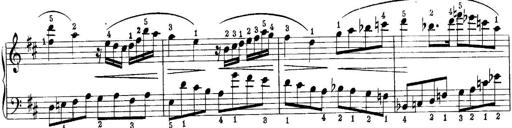
Title: Quatres sonatines
Composer: Tadeusz Joteyko